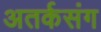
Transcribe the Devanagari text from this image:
अतर्कसंग